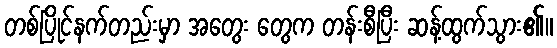
တစ်ပြိုင်နက်တည်းမှာ အတွေး တွေက တန်းစီပြီး ဆန့်ထွက်သွား၏။